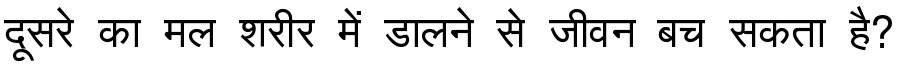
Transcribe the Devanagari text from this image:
दूसरे का मल शरीर में डालने से जीवन बच सकता है?